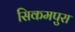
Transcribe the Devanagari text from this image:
सिकमपुरा